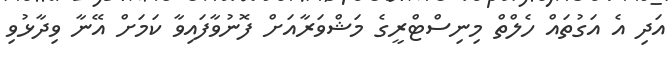
އަދި އެ އަގުތައް ހެލްތް މިނިސްޓްރީގެ މަޝްވަރާއަށް ފޮނުވާފައިވާ ކަމަށް އޭނާ ވިދާޅުވި